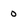
Character: 0